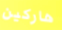
هاركين